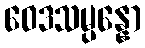
ဝေဒသမ္ပန္နော